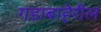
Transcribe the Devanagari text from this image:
गडाबाहेरील